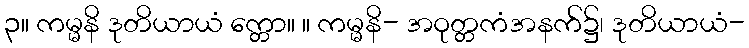
၃။ ကမ္မနိ ဒုတိယာယံ က္တော။ ။ ကမ္မနိ- အဝုတ္တကံအနက်၌၊ ဒုတိယာယံ-